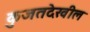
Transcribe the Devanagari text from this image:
कुजतदेखील